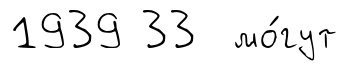
1939 33 мо́гут